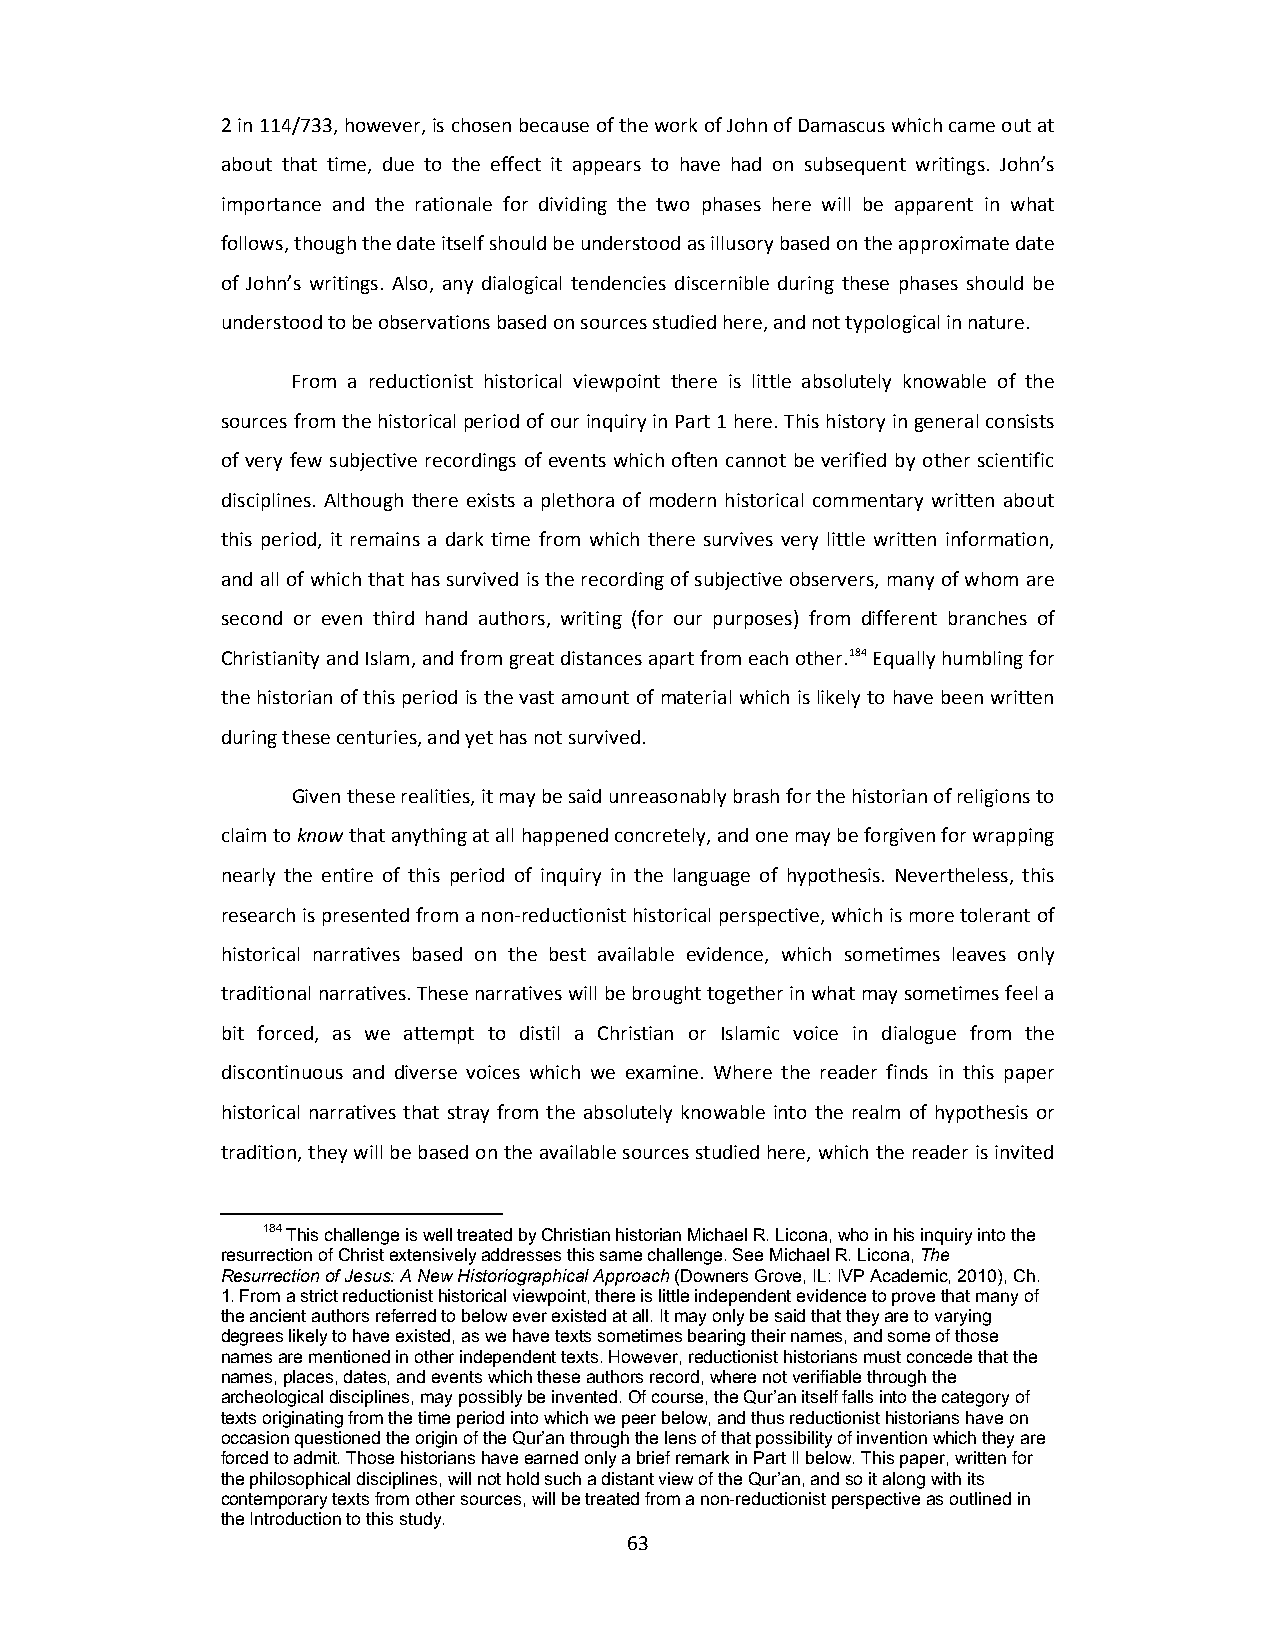
2 in 114/733, however, is chosen because of the work of John of Damascus which came out at
 about that time, due to the effect it appears to have had on subsequent writings. John’s
 importance and the rationale for dividing the two phases here will be apparent in what
 follows, though the date itself should be understood as illusory based on the approximate date
 of John’s writings. Also, any dialogical tendencies discernible during these phases should be
 understood to be observations based on sources studied here, and not typological in nature.
 From a reductionist historical viewpoint there is little absolutely knowable of the
 sources from the historical period of our inquiry in Part 1 here. This history in general consists
 of very few subjective recordings of events which often cannot be verified by other scientific
 disciplines. Although there exists a plethora of modern historical commentary written about
 this period, it remains a dark time from which there survives very little written information,
 and all of which that has survived is the recording of subjective observers, many of whom are
 second or even third hand authors, writing (for our purposes) from different branches of
 Christianity and Islam, and from great distances apart from each other.184 Equally humbling for
 the historian of this period is the vast amount of material which is likely to have been written
 during these centuries, and yet has not survived.
 Given these realities, it may be said unreasonably brash for the historian of religions to
 claim to know that anything at all happened concretely, and one may be forgiven for wrapping
 nearly the entire of this period of inquiry in the language of hypothesis. Nevertheless, this
 research is presented from a non‐reductionist historical perspective, which is more tolerant of
 historical narratives based on the best available evidence, which sometimes leaves only
 traditional narratives. These narratives will be brought together in what may sometimes feel a
 bit forced, as we attempt to distil a Christian or Islamic voice in dialogue from the
 discontinuous and diverse voices which we examine. Where the reader finds in this paper
 historical narratives that stray from the absolutely knowable into the realm of hypothesis or
 tradition, they will be based on the available sources studied here, which the reader is invited
 184 This challenge is well treated by Christian historian Michael R. Licona, who in his inquiry into the
 resurrection of Christ extensively addresses this same challenge. See Michael R. Licona, The
 Resurrection of Jesus: A New Historiographical Approach (Downers Grove, IL: IVP Academic, 2010), Ch.
 1. From a strict reductionist historical viewpoint, there is little independent evidence to prove that many of
 the ancient authors referred to below ever existed at all. It may only be said that they are to varying
 degrees likely to have existed, as we have texts sometimes bearing their names, and some of those
 names are mentioned in other independent texts. However, reductionist historians must concede that the
 names, places, dates, and events which these authors record, where not verifiable through the
 archeological disciplines, may possibly be invented. Of course, the Qur’an itself falls into the category of
 texts originating from the time period into which we peer below, and thus reductionist historians have on
 occasion questioned the origin of the Qur’an through the lens of that possibility of invention which they are
 forced to admit. Those historians have earned only a brief remark in Part II below. This paper, written for
 the philosophical disciplines, will not hold such a distant view of the Qur’an, and so it along with its
 contemporary texts from other sources, will be treated from a non-reductionist perspective as outlined in
 the Introduction to this study.
 63